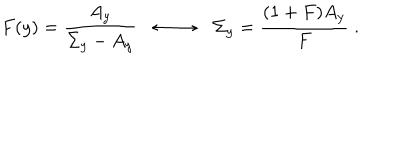
F ( y ) = \frac { A _ { y } } { \Sigma _ { y } - A _ { y } } \longleftrightarrow \Sigma _ { y } = \frac { ( 1 + F ) A _ { y } } { F } \; .